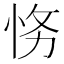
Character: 𱞒